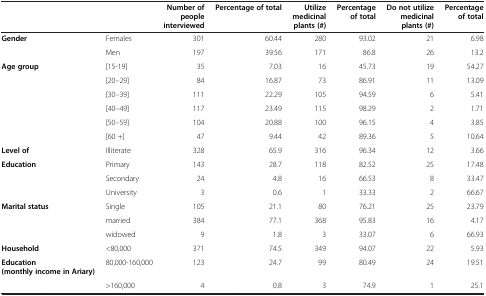
|  |  | Number of people interviewed | Percentage of total | Utilize medicinal plants (#) | Percentage of total | Do not utilize medicinal plants (#) | Percentage of total |
 | --- | --- | --- | --- | --- | --- | --- | --- |
 | Gender | Females | 301 | 60.44 | 280 | 93.02 | 21 | 6.98 |
 |  | Men | 197 | 39.56 | 171 | 86.8 | 26 | 13.2 |
 | Age group | [15-19] | 35 | 7.03 | 16 | 45.73 | 19 | 54.27 |
 |  | [20–29] | 84 | 16.87 | 73 | 86.91 | 11 | 13.09 |
 |  | [30–39] | 111 | 22.29 | 105 | 94.59 | 6 | 5.41 |
 |  | [40–49] | 117 | 23.49 | 115 | 98.29 | 2 | 1.71 |
 |  | [50–59] | 104 | 20.88 | 100 | 96.15 | 4 | 3.85 |
 |  | [60 +] | 47 | 9.44 | 42 | 89.36 | 5 | 10.64 |
 | Level of | Illiterate | 328 | 65.9 | 316 | 96.34 | 12 | 3.66 |
 | Education | Primary | 143 | 28.7 | 118 | 82.52 | 25 | 17.48 |
 |  | Secondary | 24 | 4.8 | 16 | 66.53 | 8 | 33.47 |
 |  | University | 3 | 0.6 | 1 | 33.33 | 2 | 66.67 |
 | Marital status | Single | 105 | 21.1 | 80 | 76.21 | 25 | 23.79 |
 |  | married | 384 | 77.1 | 368 | 95.83 | 16 | 4.17 |
 |  | widowed | 9 | 1.8 | 3 | 33.07 | 6 | 66.93 |
 | Household | <80,000 | 371 | 74.5 | 349 | 94.07 | 22 | 5.93 |
 | Education(monthly income in Ariary) | 80,000-160,000 | 123 | 24.7 | 99 | 80.49 | 24 | 19.51 |
 |  | >160,000 | 4 | 0.8 | 3 | 74.9 | 1 | 25.1 |